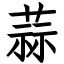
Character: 蒜